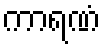
ကာရဏံ